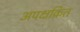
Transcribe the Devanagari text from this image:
अपक्षक्रित